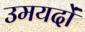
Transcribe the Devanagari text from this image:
उमयदों